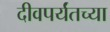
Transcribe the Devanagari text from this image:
दीवपर्यंतच्या